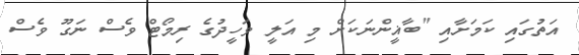
އަތުގައި ކަމަށާއި "ބާޣީންނަކަށް މި އަލީ ވަހީދުގެ ރިމޯޓް ވެސް ނަގޫ ވެސް